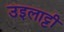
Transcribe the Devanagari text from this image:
उइलाट्टी